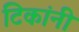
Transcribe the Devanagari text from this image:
टिकांनी